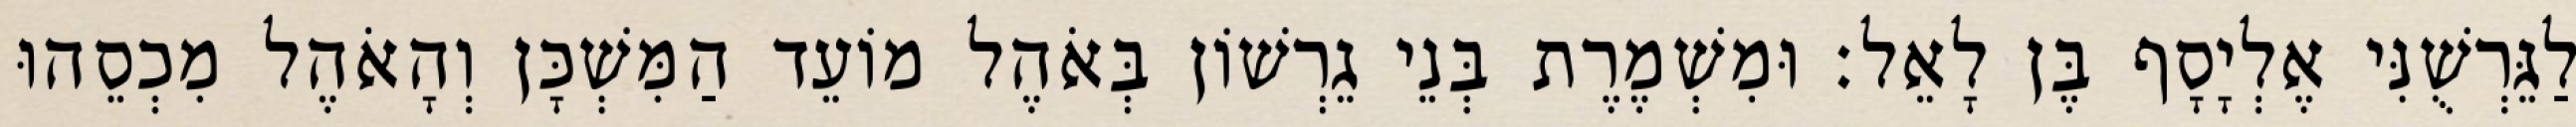
לַגֵּרְשֻׁנִּי אֶלְיָסָף בֶּן לָאֵל׃ וּמִשְׁמֶרֶת בְּנֵי גֵרְשׁוֹן בְּאֹהֶל מוֹעֵד הַמִּשְׁכָּן וְהָאֹהֶל מִכְסֵהוּ